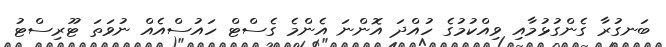
ބަނގުރާ ގެންގުޅުމާއި ވިއްކުމުގެ ހުއްދަ އޮންނަ އެންމެ ގެސްޓް ހައުސްއެއް ނުވަތަ ޓޫރިސްޓު